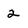
Character: 2